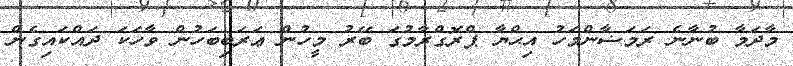
މާދަމާ ބުނާނެ ރަމަޟާންމަހު އިޙްޔާ ޕްރޮގްރާމުގަ ބޭރު މީހުން ޢަރަބިބަހުން ވާހަކަ ދައްކައިގެން